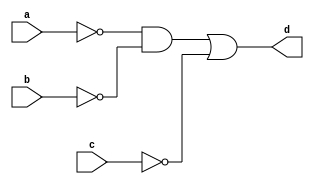
`timescale 1ns / 1ps
//////////////////////////////////////////////////////////////////////////////////
// Company: 
// Engineer: 
// 
// Design Name: 
// Module Name: bool2_a
// Project Name: 
// Target Devices: 
// Tool Versions: 
// Description: 
// 
// Dependencies: 
// 
// Revision:
// Revision 0.01 - File Created
// Additional Comments:
// 
//////////////////////////////////////////////////////////////////////////////////


module bool2_a(
    input a,b,c,
    output d
    );
assign d=(~a&~b)|~c;
endmodule